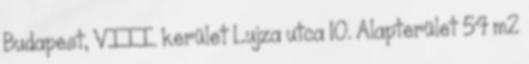
Budapest, VIII. kerület Lujza utca 10. Alapterület 54 m2